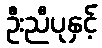
ဦးညီပုနှင့်